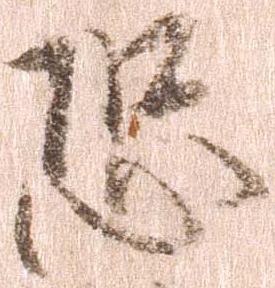
恐